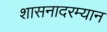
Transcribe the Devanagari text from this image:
शासनादरम्यान